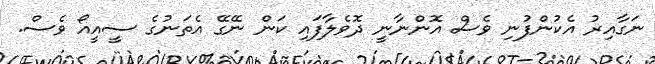
ނަގާއިރު އެކުންފުނި ވެސް އޮންނާނީ ދޮވެލާފައި ކަން ނޭގޭ އެތަނުގެ ސީއީއޯ ވެސް.